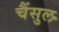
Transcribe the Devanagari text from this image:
चैंसुल